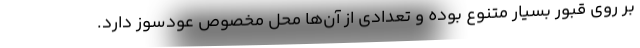
بر روی قبور بسیار متنوع بوده و تعدادی از آن‌ها محل مخصوص عودسوز دارد.